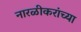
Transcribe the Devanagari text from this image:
नारळीकरांच्या